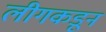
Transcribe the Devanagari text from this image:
लीगकडून